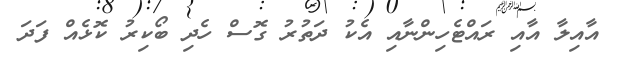
އާއިލާ އާއި ރައްޓެހިންނާއި އެކު ދަތުރު ގޮސް ހެދި ބޯކިރު ކޮޅެއް ފަދަ